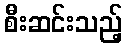
စီးဆင်းသည့်